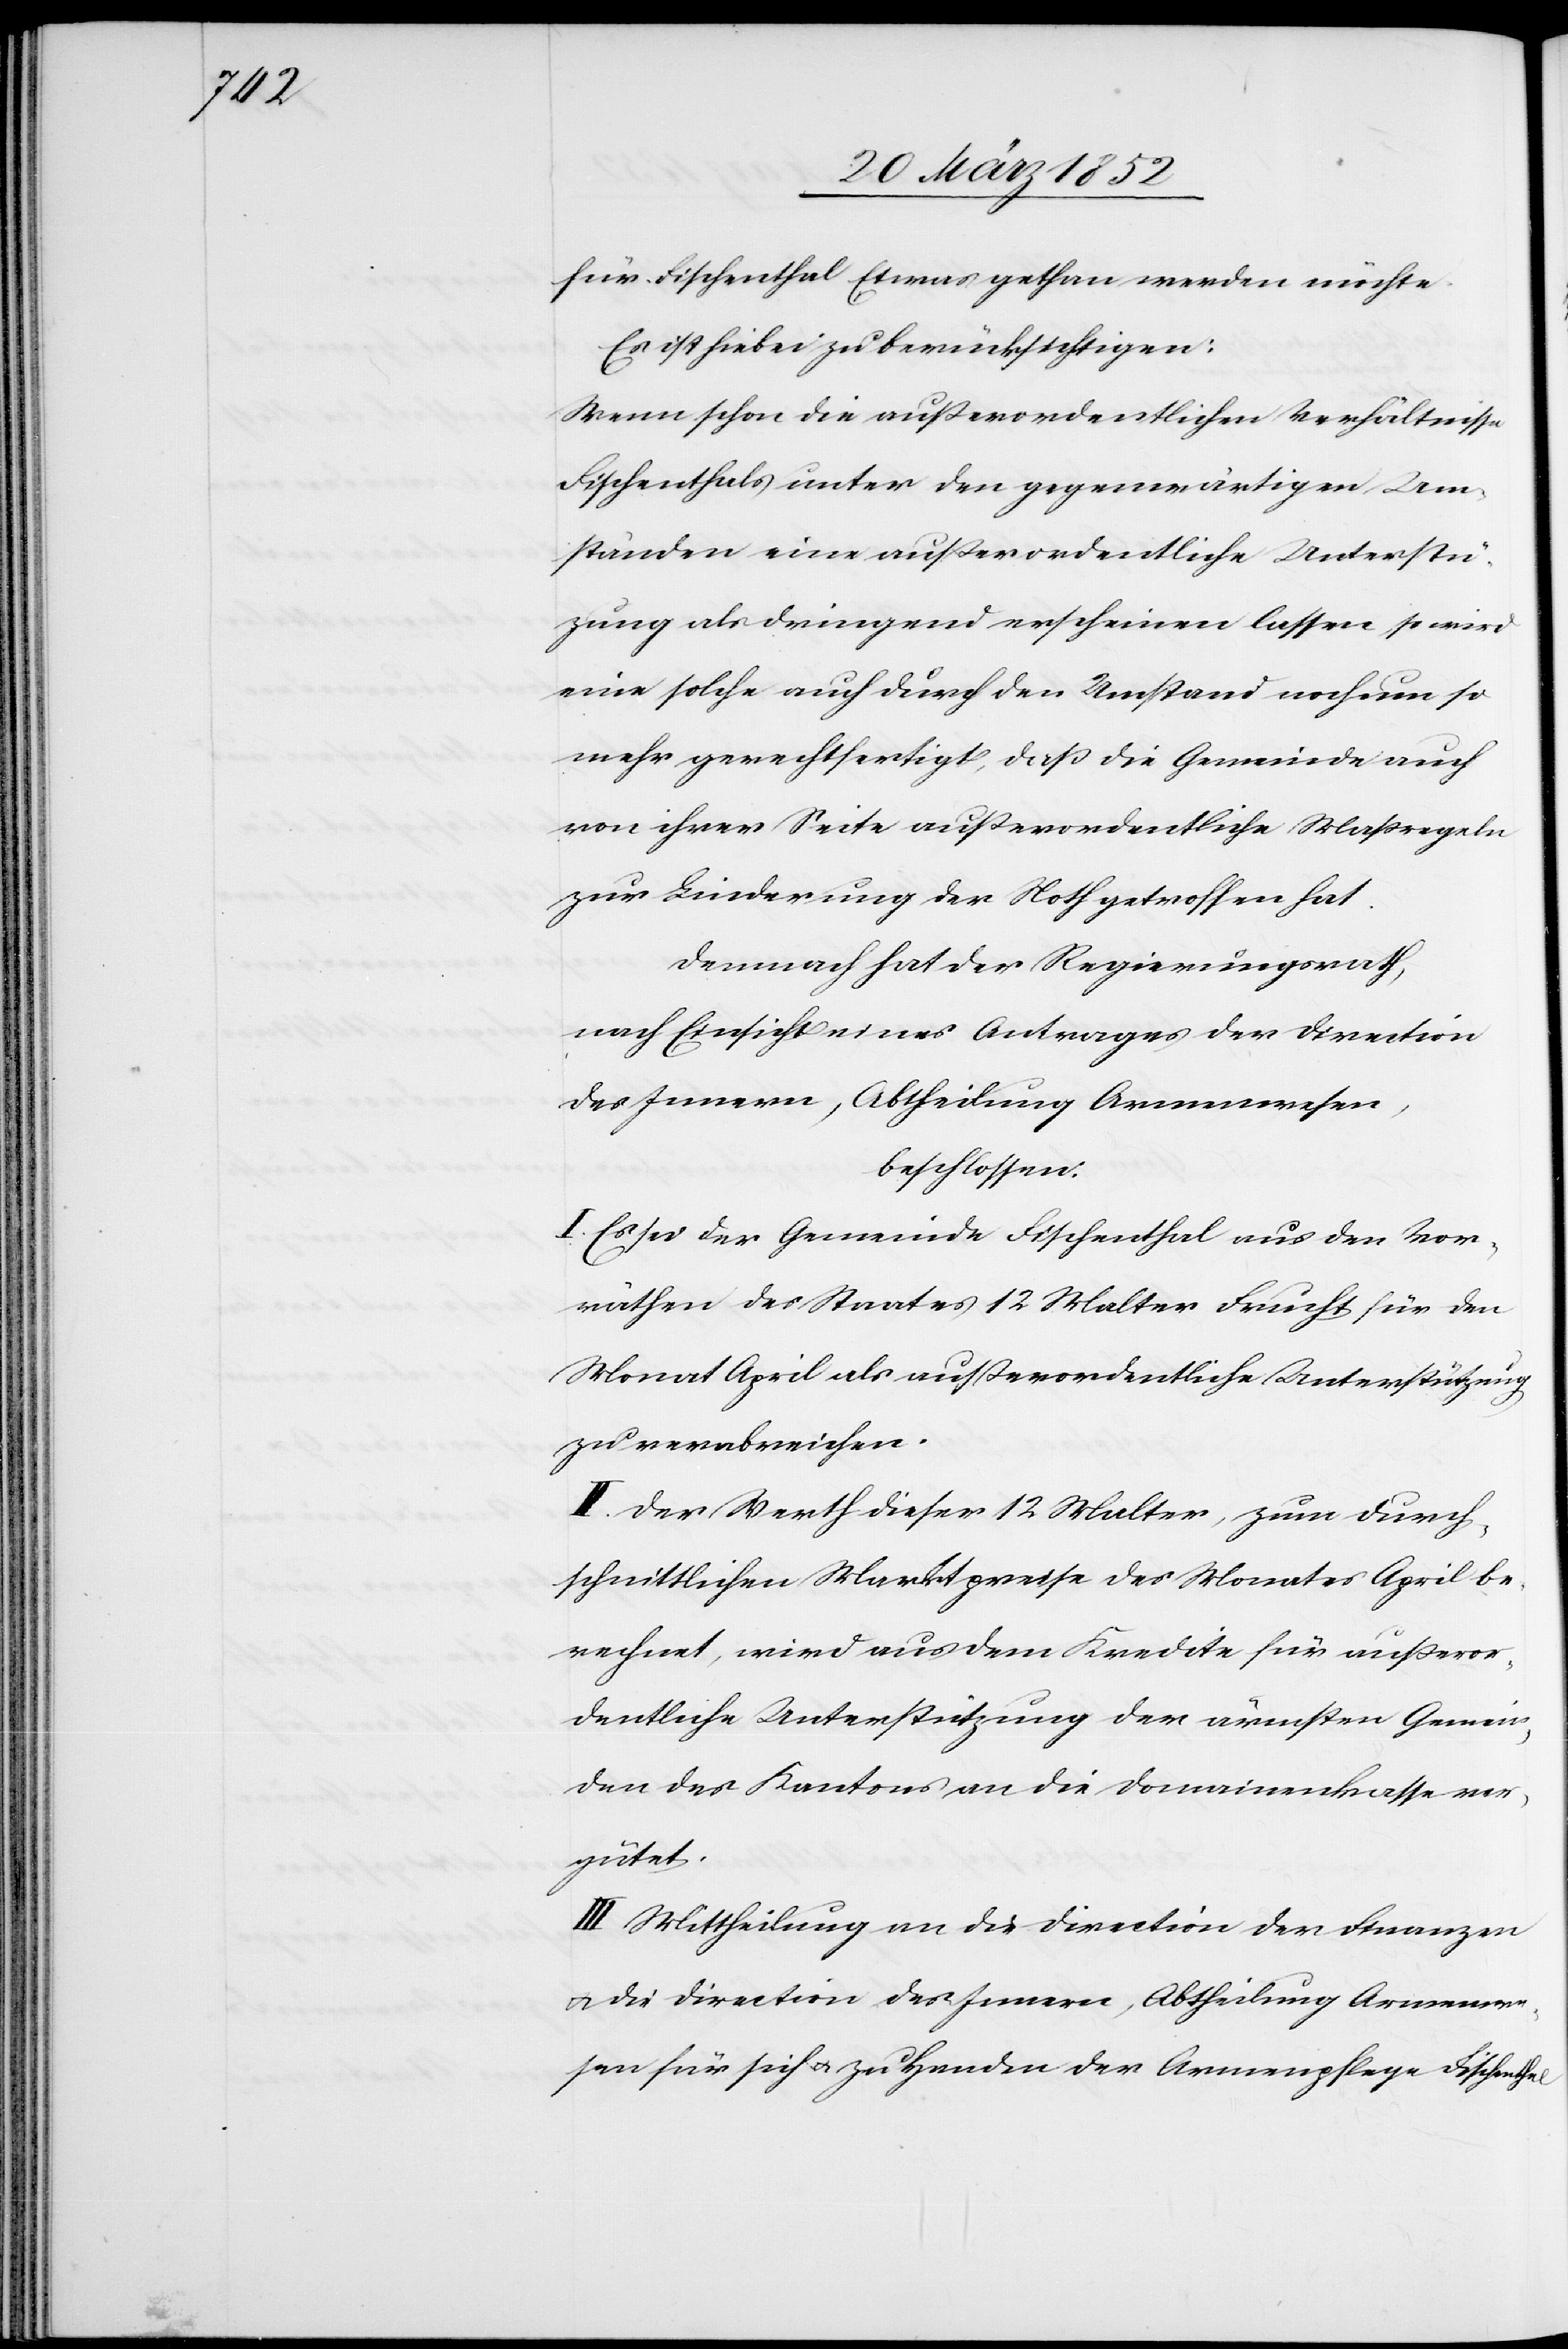
hal.

für Fischenthal Etwas gethan werden möchte.
Es ist hiebei zu berücksichtigen:
Wenn schon die außerordentlichen Verhältnisse
Fischenthals unter den gegenwärtigen Um¬
ständen eine außerordentliche Unterstü¬
tzung als dringend erscheinen lassen, so wird
eine solche auch durch den Umstand noch um so
mehr gerechtfertigt, daß die Gemeinde auch
von ihrer Seite außerordentliche Maßregeln
zur Linderung der Noth getroffen hat.
Demnach hat der Regierungsrath,
nach Einsicht eines Antrages der Direction
des Innern, Abtheilung Armenwesen,
beschlossen.
I. Es sei der Gemeinde Fischenthal aus den Vor¬
räthen des Staates 12 Malter Frucht für den
Monat April als außerordentliche Unterstützung
zu verabreichen.
II. Der Werth dieser 12 Malter, zum durch¬
schnittlichen Marktpreise des Monates April be¬
rechnet, wird aus dem Kredite für außeror¬
dentlichen Unterstützung der ärmsten Gemein¬
den des Kantons an die Domainenkasse ver¬
gütet.
III. Mittheilung an die Direction der Finanzen
u. die Direction des Innern, Abtheilung Armenwe¬
sen für sich u. zu Handen der Armenpflege Fischent¬